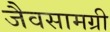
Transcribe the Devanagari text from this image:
जैवसामग्री